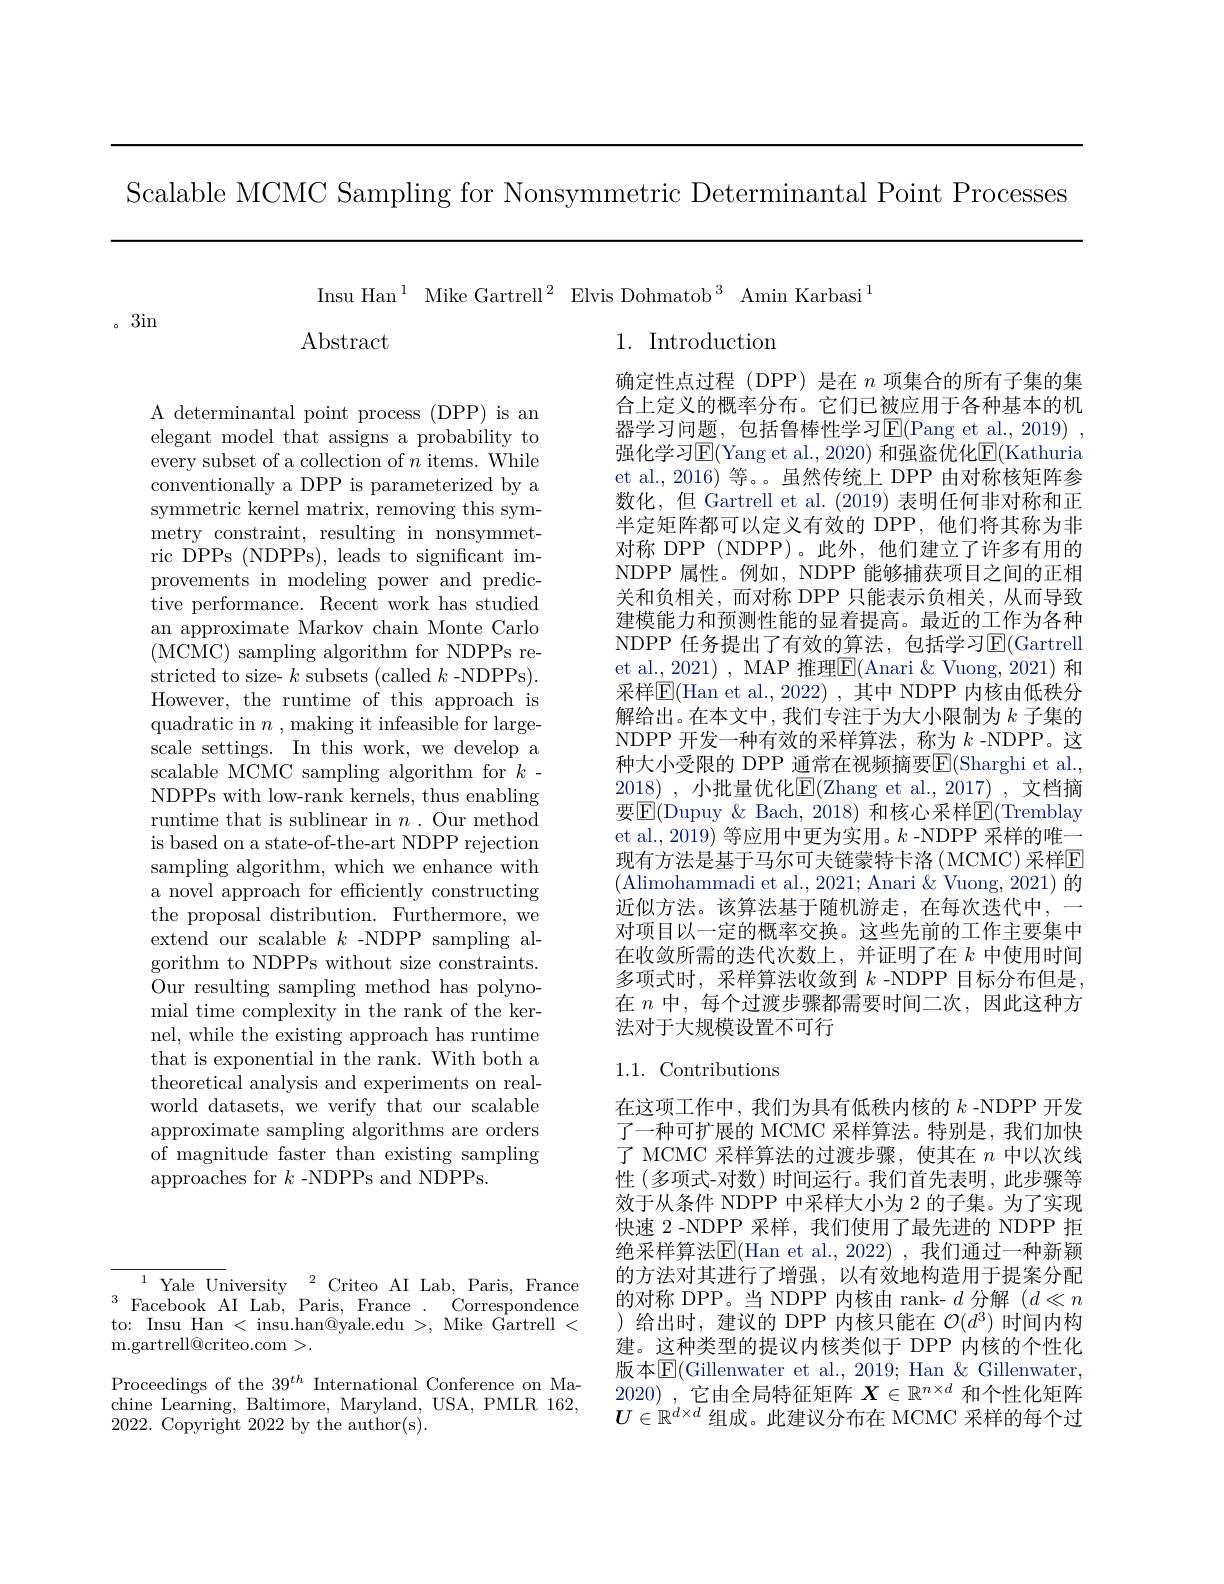
Scalable MCMC Sampling for Nonsymmetric Determinantal Point Processes

Insu Han$^1$ Mike Gartrell$^2$ Elvis Dohmatob$^3$ Amin Karbasi$^1$
$\operatorname{Abstract}$
1. Introduction

。3in

A determinantal point process (DPP) is an elegant model that assigns a probability to every subset of a collection of $n$ items. While conventionally a DPP is parameterized by a symmetric kernel matrix, removing this symmetry constraint, resulting in nonsymmetric DPPs (NDPPs), leads to significant improvements in modeling power and predictive performance. Recent work has studied an approximate Markov chain Monte Carlo (MCMC) sampling algorithm for NDPPs restricted to size- $k$ subsets (called $k$ -NDPPs). However, the runtime of this approach is quadratic in $n$ , making it infeasible for largescale settings. In this work, we develop a scalable MCMC sampling algorithm for $k$- NDPPs with low-rank kernels, thus enabling runtime that is sublinear in $n.$ Our method is based on a state-of-the-art NDPP rejection sampling algorithm, which we enhance with a novel approach for efficiently constructing the proposal distribution. Furthermore, we extend our scalable $k$ -NDPP sampling algorithm to NDPPs without size constraints. Our resulting sampling method has polynomial time complexity in the rank of the kernel, while the existing approach has runtime that is exponential in the rank. With both a theoretical analysis and experiments on realworld datasets, we verify that our scalable approximate sampling algorithms are orders of magnitude faster than existing sampling approaches for $k$ -NDPPs and NDPPs.

确定性点过程(DPP)是在$n$项集合的所有子集的集合上定义的概率分布。它们已被应用于各种基本的机器学习问题，包括鲁棒性学习$\operatorname{E}($Pang et al.,2019) , 强化学习$\operatorname{E}($Yang et al., 2020) 和强盗优化$\operatorname{E}($Kathuria et al., 2016) 等。。虽然传统上 DPP 由对称核矩阵参数化，但 Gartrell et al. (2019)表明任何非对称和正半定矩阵都可以定义有效的 DPP,他们将其称为非对称 DPP (NDPP)。此外，他们建立了许多有用的NDPP 属性。例如，NDPP 能够捕获项目之间的正相关和负相关，而对称 DPP 只能表示负相关，从而导致建模能力和预测性能的显着提高。最近的工作为各种NDPP 任务提出了有效的算法，包括学习E$( Gartrell$ et al., 2021) , MAP 推理$\overline{\mathrm{E}}($Anari &Vuong, 2021) 和采样$\mathbb{E}($Han et al.,2022) ,其中 NDPP 内核由低秩分解给出。在本文中，我们专注于为大小限制为$k$ 子集的NDPP 开发一种有效的采样算法，称为$k$ -NDPP。这种大小受限的 DPP 通常在视频摘要E(Sharghi et al., 2018) ,小批量优化E(Zhang et al.,2017) ,文档摘要$\boxed{\mathrm{F}}($Dupuy & Bach, 2018) 和核心采样$\boxed{\mathrm{E}}($Tremblay et al., 2019) 等应用中更为实用。$k$ -NDPP 采样的唯一现有方法是基于马尔可夫链蒙特卡洛(MCMC)采样E (Alimohammadi et al., 2021; Anari & Vuong, 2021) 的近似方法。该算法基于随机游走，在每次迭代中，一对项目以一定的概率交换。这些先前的工作主要集中在收敛所需的迭代次数上，并证明了在$k$中使用时间多项式时，采样算法收敛到 $k$ -NDPP 目标分布但是， 在$n$中，每个过渡步骤都需要时间二次，因此这种方法对于大规模设置不可行

## 1.1. Contributions

在这项工作中，我们为具有低秩内核的$k$ -NDPP 开发了一种可扩展的 MCMC 采样算法。特别是，我们加快了 MCMC 采样算法的过渡步骤，使其在$n$中以次线性 (多项式-对数) 时间运行。我们首先表明，此步骤等效于从条件 NDPP 中采样大小为 2 的子集。为了实现快速 2 -NDPP 采样，我们使用了最先进的 NDPP 拒绝采样算法$\overline{\mathbb{E}}($Han et al., 2022), 我们通过一种新颖的方法对其进行了增强，以有效地构造用于提案分配的对称 DPP。当 NDPP 内核由 rank- $d$分解$(d\ll n$ )给出时，建议的 DPP 内核只能在$\mathcal{O}(d^3)$时间内构建。这种类型的提议内核类似于 DPP 内核的个性化版本$\overline{\mathrm{E}}($Gillenwater et al., 2019; Han & Gillenwater, 2020),它由全局特征矩阵$X\in\mathbb{R}^n\times d$ 和个性化矩阵$U\in\mathbb{R}^{d\times d}$组成。此建议分布在 MCMC 采样的每个过

$^{1}$Yale University$^2$Criteo AI Lab,Paris,France to: Insu Han < insu.han@yale.edu >, Mike Gartrell < m.gartrell@criteo.com>.
Proceedings of the $39^th$ International Conference on Machine Learning, Baltimore, Maryland, USA, PMLR 162, 2022. Copyright 2022 by the author(s).